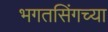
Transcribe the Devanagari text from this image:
भगतसिंगच्या